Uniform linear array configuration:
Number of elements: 48
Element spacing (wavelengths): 0.5
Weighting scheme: hann
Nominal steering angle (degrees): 30
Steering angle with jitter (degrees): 29.007
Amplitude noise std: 0.05
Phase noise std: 0.05

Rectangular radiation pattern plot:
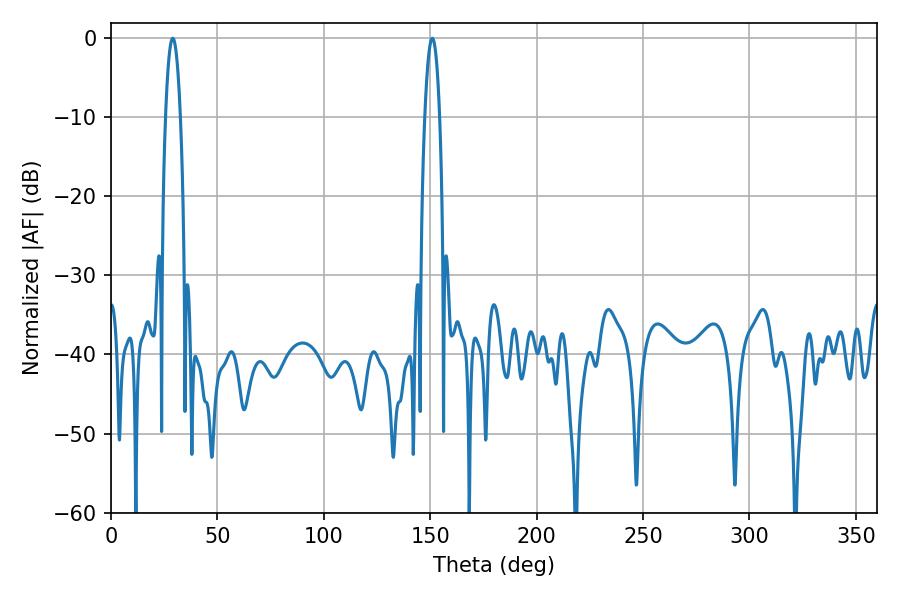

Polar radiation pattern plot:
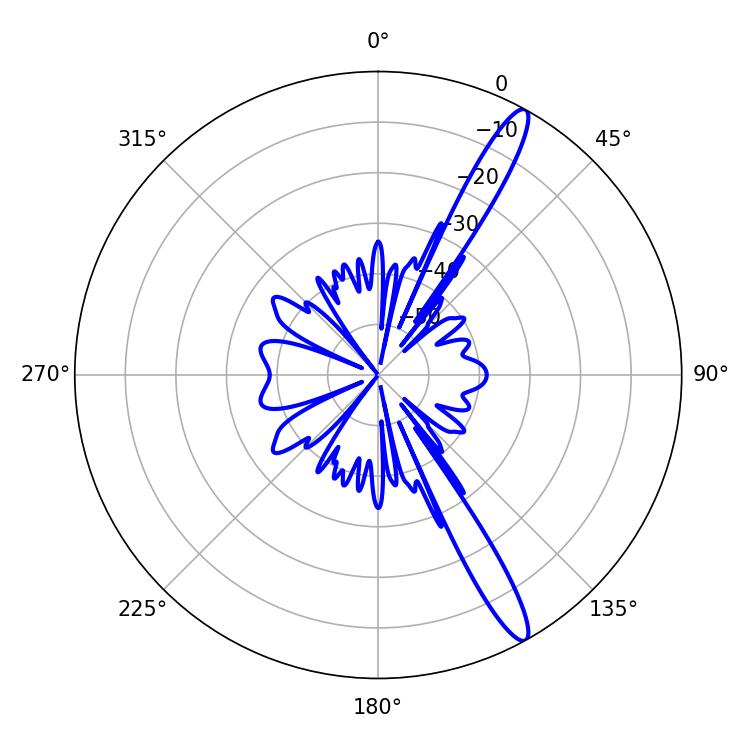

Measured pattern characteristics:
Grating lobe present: FALSE
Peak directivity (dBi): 14.509
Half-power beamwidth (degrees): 3.78
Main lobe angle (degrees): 28.98